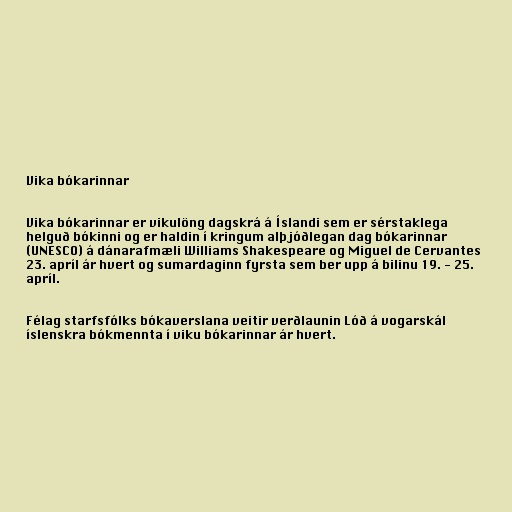
Vika bókarinnar

Vika bókarinnar er vikulöng dagskrá á Íslandi sem er sérstaklega
helguð bókinni og er haldin í kringum alþjóðlegan dag bókarinnar
(UNESCO) á dánarafmæli Williams Shakespeare og Miguel de Cervantes
23. apríl ár hvert og sumardaginn fyrsta sem ber upp á bilinu 19. - 25.
apríl.

Félag starfsfólks bókaverslana veitir verðlaunin Lóð á vogarskál
íslenskra bókmennta í viku bókarinnar ár hvert.